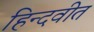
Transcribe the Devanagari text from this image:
हिन्दवीत